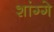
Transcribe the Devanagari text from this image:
शांग्गे